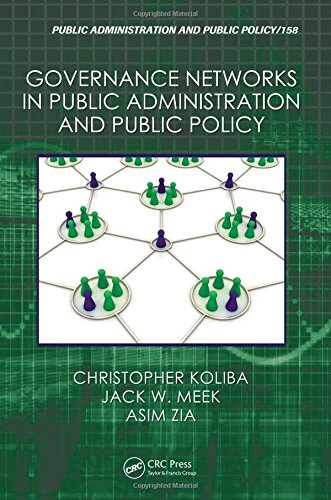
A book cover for Governance Networks in Public Administration and Public Policy; Christopher Koliba; Business & Money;